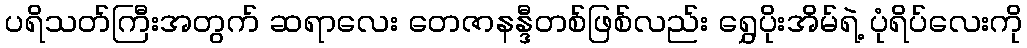
ပရိသတ်ကြီးအတွက် ဆရာလေး တေဇာနန္ဒီတစ်ဖြစ်လည်း ရွှေပိုးအိမ်ရဲ့ ပုံရိပ်လေးကို